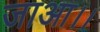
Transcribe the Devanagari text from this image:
जाआ।।